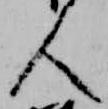
人